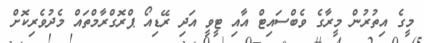
މީގެ އިތުރުން މީރާގެ ވެބްސައިޓް އާއި ޓީވީ އަދި ރޭޑިއޯ ޕްރޮގްރާމްތައް މެދުވެރިކޮށް